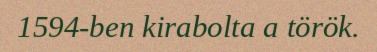
1594-ben kirabolta a török.